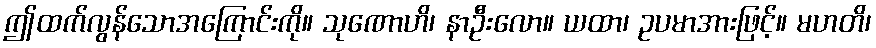
ဤထက်လွန်သောအကြောင်းကို။ သုဏောဟိ၊ နာဦးလော။ ယထာ၊ ဥပမာအားဖြင့်။ မဟတိ၊